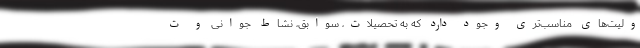
ولیت‌های مناسب‌تری وجود دارد که به تحصیلات، سوابق، نشاط جوانی و ت